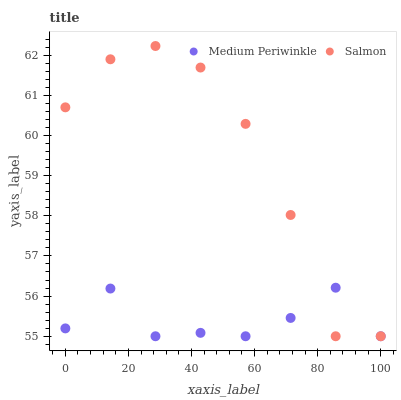
| xaxis_label | Medium Periwinkle | Salmon |
 | --- | --- | --- |
 | 0 | 55.2 | 60.7 |
 | 14.3 | 56.2 | 61.9 |
 | 28.6 | 55 | 62.2 |
 | 42.9 | 55.1 | 61.7 |
 | 57.1 | 55 | 60.3 |
 | 71.4 | 55.5 | 58 |
 | 85.7 | 56.2 | 55 |
 | 100 | 55 | 55 |